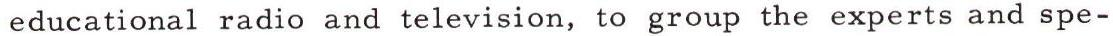
educational radio and television, to group the experts and spe-